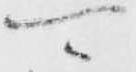
可